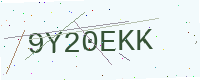
Text: 9Y20EKK